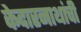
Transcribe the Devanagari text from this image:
केदारनाथांची